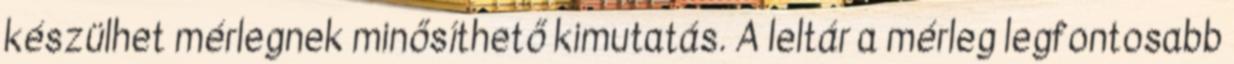
készülhet mérlegnek minősíthető kimutatás. A leltár a mérleg legfontosabb